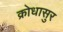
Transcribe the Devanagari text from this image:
क्रोधासुर